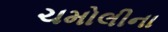
ચમોલીના